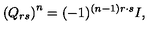
\left( Q _ { r s } \right) ^ { n } = ( - 1 ) ^ { ( n - 1 ) r \cdot s } I ,